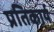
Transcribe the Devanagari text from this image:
प्रतिकार्य